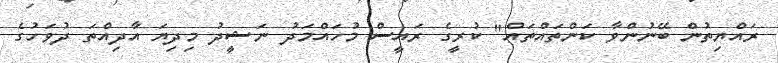
ރައްޔިތުން ބޭނުންވާ ކަންތައްތައް" ކުރީގެ ރައީސް މުހައްމަދު ނަޝީދު މިދިޔަ އާދިއްތަ ދުވަހުގެ